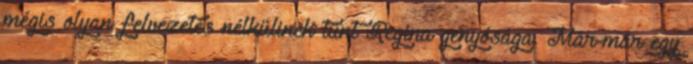
mégis olyan felvezetés nélkülinek tűnt Regina genyósága. Már-már egy